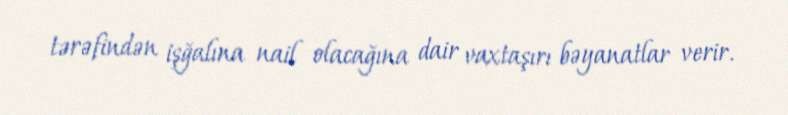
tərəfindən işğalına nail olacağına dair vaxtaşırı bəyanatlar verir.